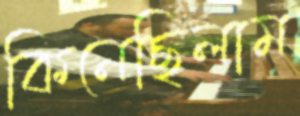
কিনেছিলাম